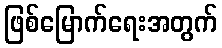
ဖြစ်မြောက်ရေးအတွက်